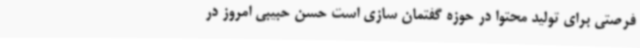
فرصتی برای تولید محتوا در حوزه گفتمان سازی است حسن حبیبی امروز در